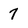
Character: 7